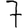
Digit: 7